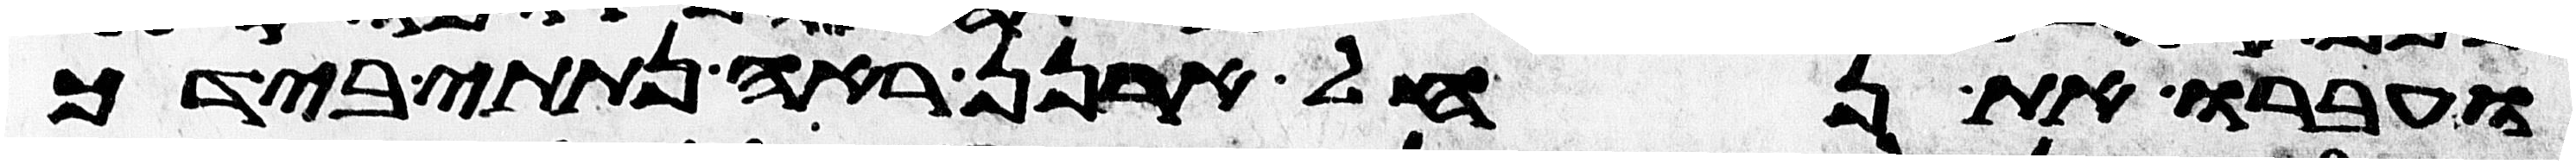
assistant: ועברו את נחל ארנן ראה נתתי בידך